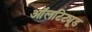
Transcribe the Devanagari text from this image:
ऑलटिट्यूड